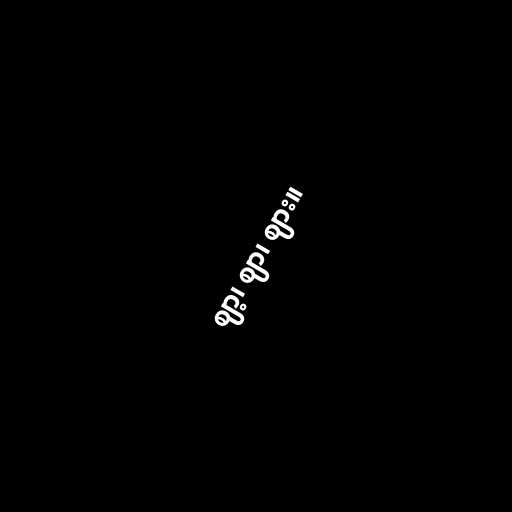
ဈာ့၊ ဈာ၊ ဈား။